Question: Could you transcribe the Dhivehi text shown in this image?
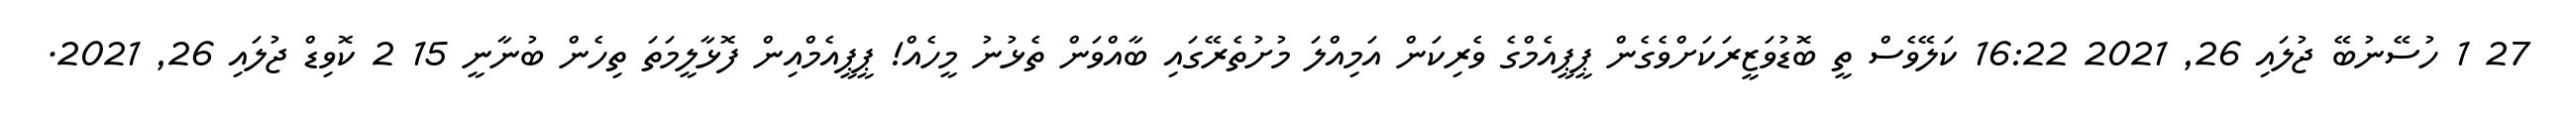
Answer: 27 1 ހުސޭނުބޭ ޖުލައި 26, 2021 16:22 ކަލޭވެސް ތީ ބޮޑުވަޒީރަކަށްވެގެން ޕީޕީއެމްގެ ވެރިކަން އަމިއްލަ މުށުތެރޭގައި ބާއްވަން ތެޅުނު މީހެއް! ޕީޕީއެމްއިން ފޮޅާލީމަތަ ތިހެން ބުނާނީ 15 2 ކޮވިޑް ޖުލައި 26, 2021.